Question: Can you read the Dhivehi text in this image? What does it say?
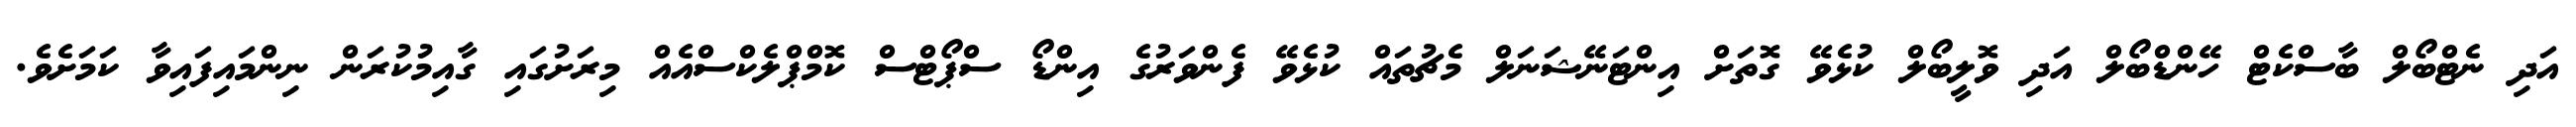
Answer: އަދި ނެޓްބޯލް ބާސްކެޓް ހޭންޑްބޯލް އަދި ވޮލީބޯލް ކުޅެވޭ ގޮތަށް އިންޓަނޭޝަނަލް މެޗުތައް ކުޅެވޭ ފެންވަރުގެ އިންޑޯ ސްޕޯޓްސް ކޮމްޕްލެކްސްއެއް މިރަށުގައި ގާއިމުކުރަން ނިންމައިފައިވާ ކަމަށެވެ.